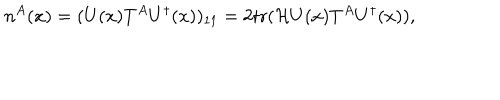
LaTeX: n ^ { A } ( x ) = ( U ( x ) T ^ { A } U ^ { \dagger } ( x ) ) _ { 1 1 } = 2 \mathrm { t r } ( { \cal H } U ( x ) T ^ { A } U ^ { \dagger } ( x ) ) ,